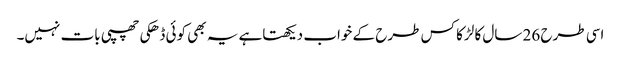
اسی طرح 26 سال کا لڑکا کس طرح کے خواب دیکھتاہے یہ بھی کوئی ڈھکی چھپی بات نہیں۔